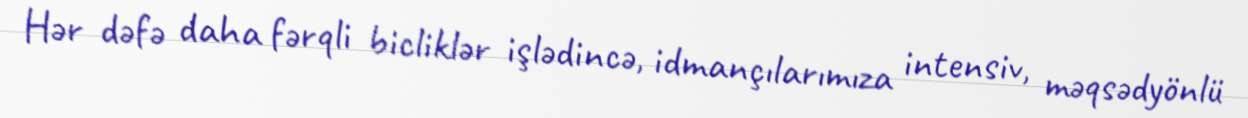
Hər dəfə daha fərqli bicliklər işlədincə, idmançılarımıza intensiv, məqsədyönlü